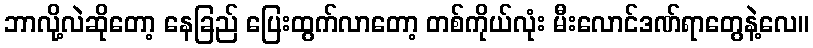
ဘာလို့လဲဆိုတော့ နေခြည် ပြေးထွက်လာတော့ တစ်ကိုယ်လုံး မီးလောင်ဒဏ်ရာတွေနဲ့လေ။